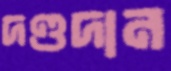
দণ্ডদান